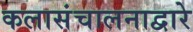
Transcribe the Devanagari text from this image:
कलासंचालनाद्वारे